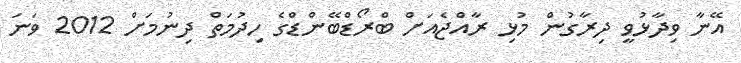
އޭނާ ވިދާޅުވީ ދިރާގުން މުޅި ރާއްޖެއަށް ބްރޯޑްބޭންޑްގެ ހިދުމަތް ދިނުމަށް 2012 ވަނަ